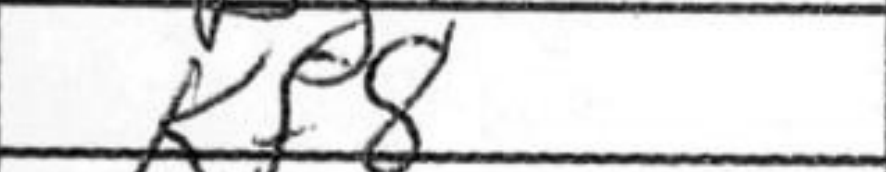
Transcription: Kf8